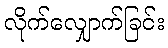
လိုက်လျှောက်ခြင်း